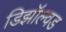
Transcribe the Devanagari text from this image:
डिझॉल्वड